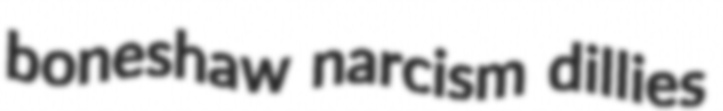
boneshaw narcism dillies